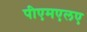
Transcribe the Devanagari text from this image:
पीएमएलए